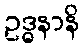
ဥဒ္ဓနာနိ